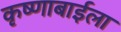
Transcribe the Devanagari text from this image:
कृष्णाबाईला